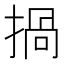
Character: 𢰸